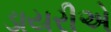
ડાયરીએ